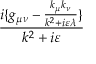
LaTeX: \frac { i \{ g _ { \mu \nu } - \frac { k _ { \mu } k _ { \nu } } { k ^ { 2 } + i \varepsilon \lambda } \} } { k ^ { 2 } + i \varepsilon }